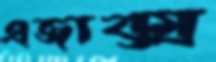
এজাক্স